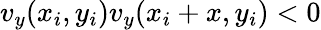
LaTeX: v_{y}(x_{i},y_{i})v_{y}(x_{i}+x,y_{i})<0